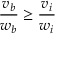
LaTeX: { \frac { v _ { b } } { w _ { b } } } \geq { \frac { v _ { i } } { w _ { i } } }